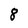
Character: 8